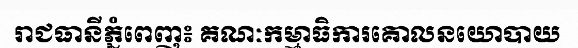
រាជធានីភ្នំពេញ៖ គណៈកម្មាធិការគោលនយោបាយ